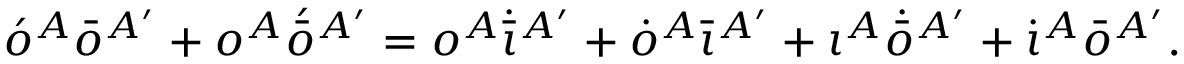
\acute { o } ^ { A } \bar { o } ^ { A ^ { \prime } } + o ^ { A } \acute { \bar { o } } { } ^ { A ^ { \prime } } = o ^ { A } \dot { \bar { \iota } } { } ^ { A ^ { \prime } } + \dot { o } ^ { A } \bar { \iota } { } ^ { A ^ { \prime } } + \iota ^ { A } \dot { \bar { o } } { } ^ { A ^ { \prime } } + \dot { \iota } ^ { A } \bar { o } { } ^ { A ^ { \prime } } .